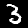
Label: 3